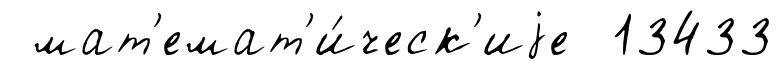
мат'емат'и́ческ'иjе 13433